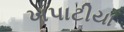
ખપાટીયા